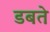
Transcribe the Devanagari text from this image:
डबते